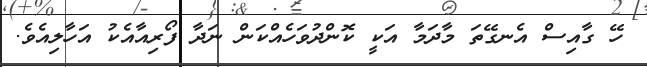
ހޭ ގާއިސް އެނގޭތަ މާދަމާ އަކީ ކޮންދުވަހެއްކަން ނަދާ ފޯރިއާއެކު އަހާލިއެވެ.